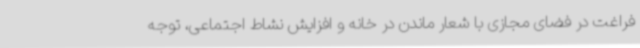
فراغت در فضای مجازی با شعار ماندن در خانه و افزایش نشاط اجتماعی، توجه